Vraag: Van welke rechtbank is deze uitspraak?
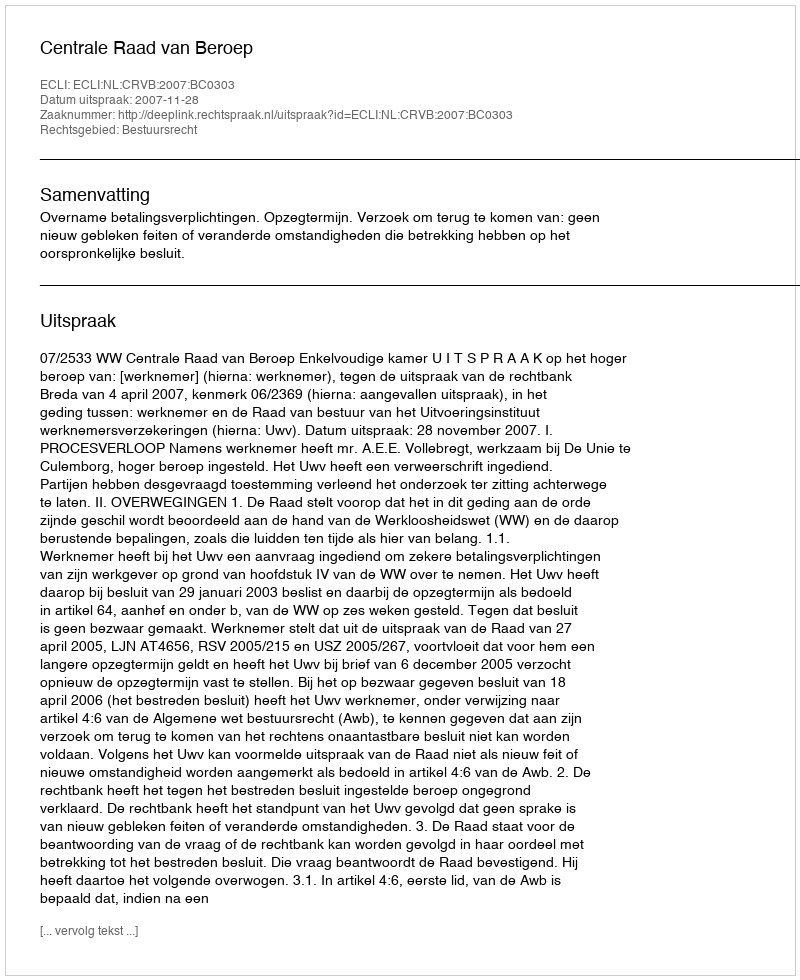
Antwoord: Centrale Raad van Beroep